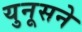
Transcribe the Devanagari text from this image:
युनूसने